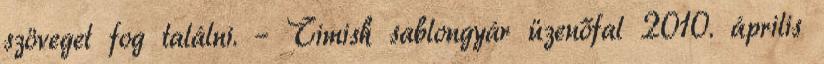
szöveget fog találni. – Timish sablongyár üzenőfal 2010. április